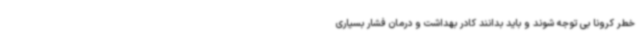
خطر کرونا بی توجه شوند و باید بدانند کادر بهداشت و درمان فشار بسیاری